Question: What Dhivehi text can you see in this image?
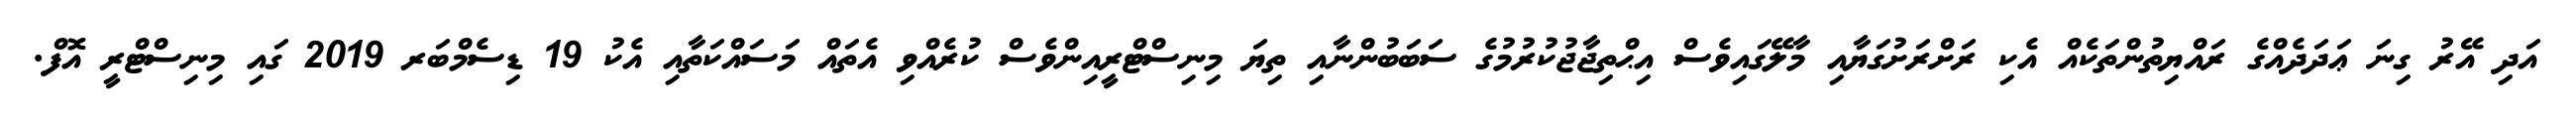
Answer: އަދި އޭރު ގިނަ ޢަދަދެއްގެ ރައްޔިތުންތަކެއް އެކި ރަށްރަށުގަޔާއި މާލޭގައިވެސް އިޙްތިޖާޖުކުރުމުގެ ސަބަބުންނާއި ތިޔަ މިނިސްޓްރީއިންވެސް ކުރެއްވި އެތައް މަސައްކަތާއި އެކު 19 ޑިސެމްބަރ 2019 ގައި މިނިސްޓްރީ އޮފް.